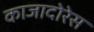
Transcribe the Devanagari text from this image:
काजादोरेस